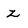
Character: z